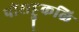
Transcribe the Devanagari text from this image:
पोराट्टुकळि